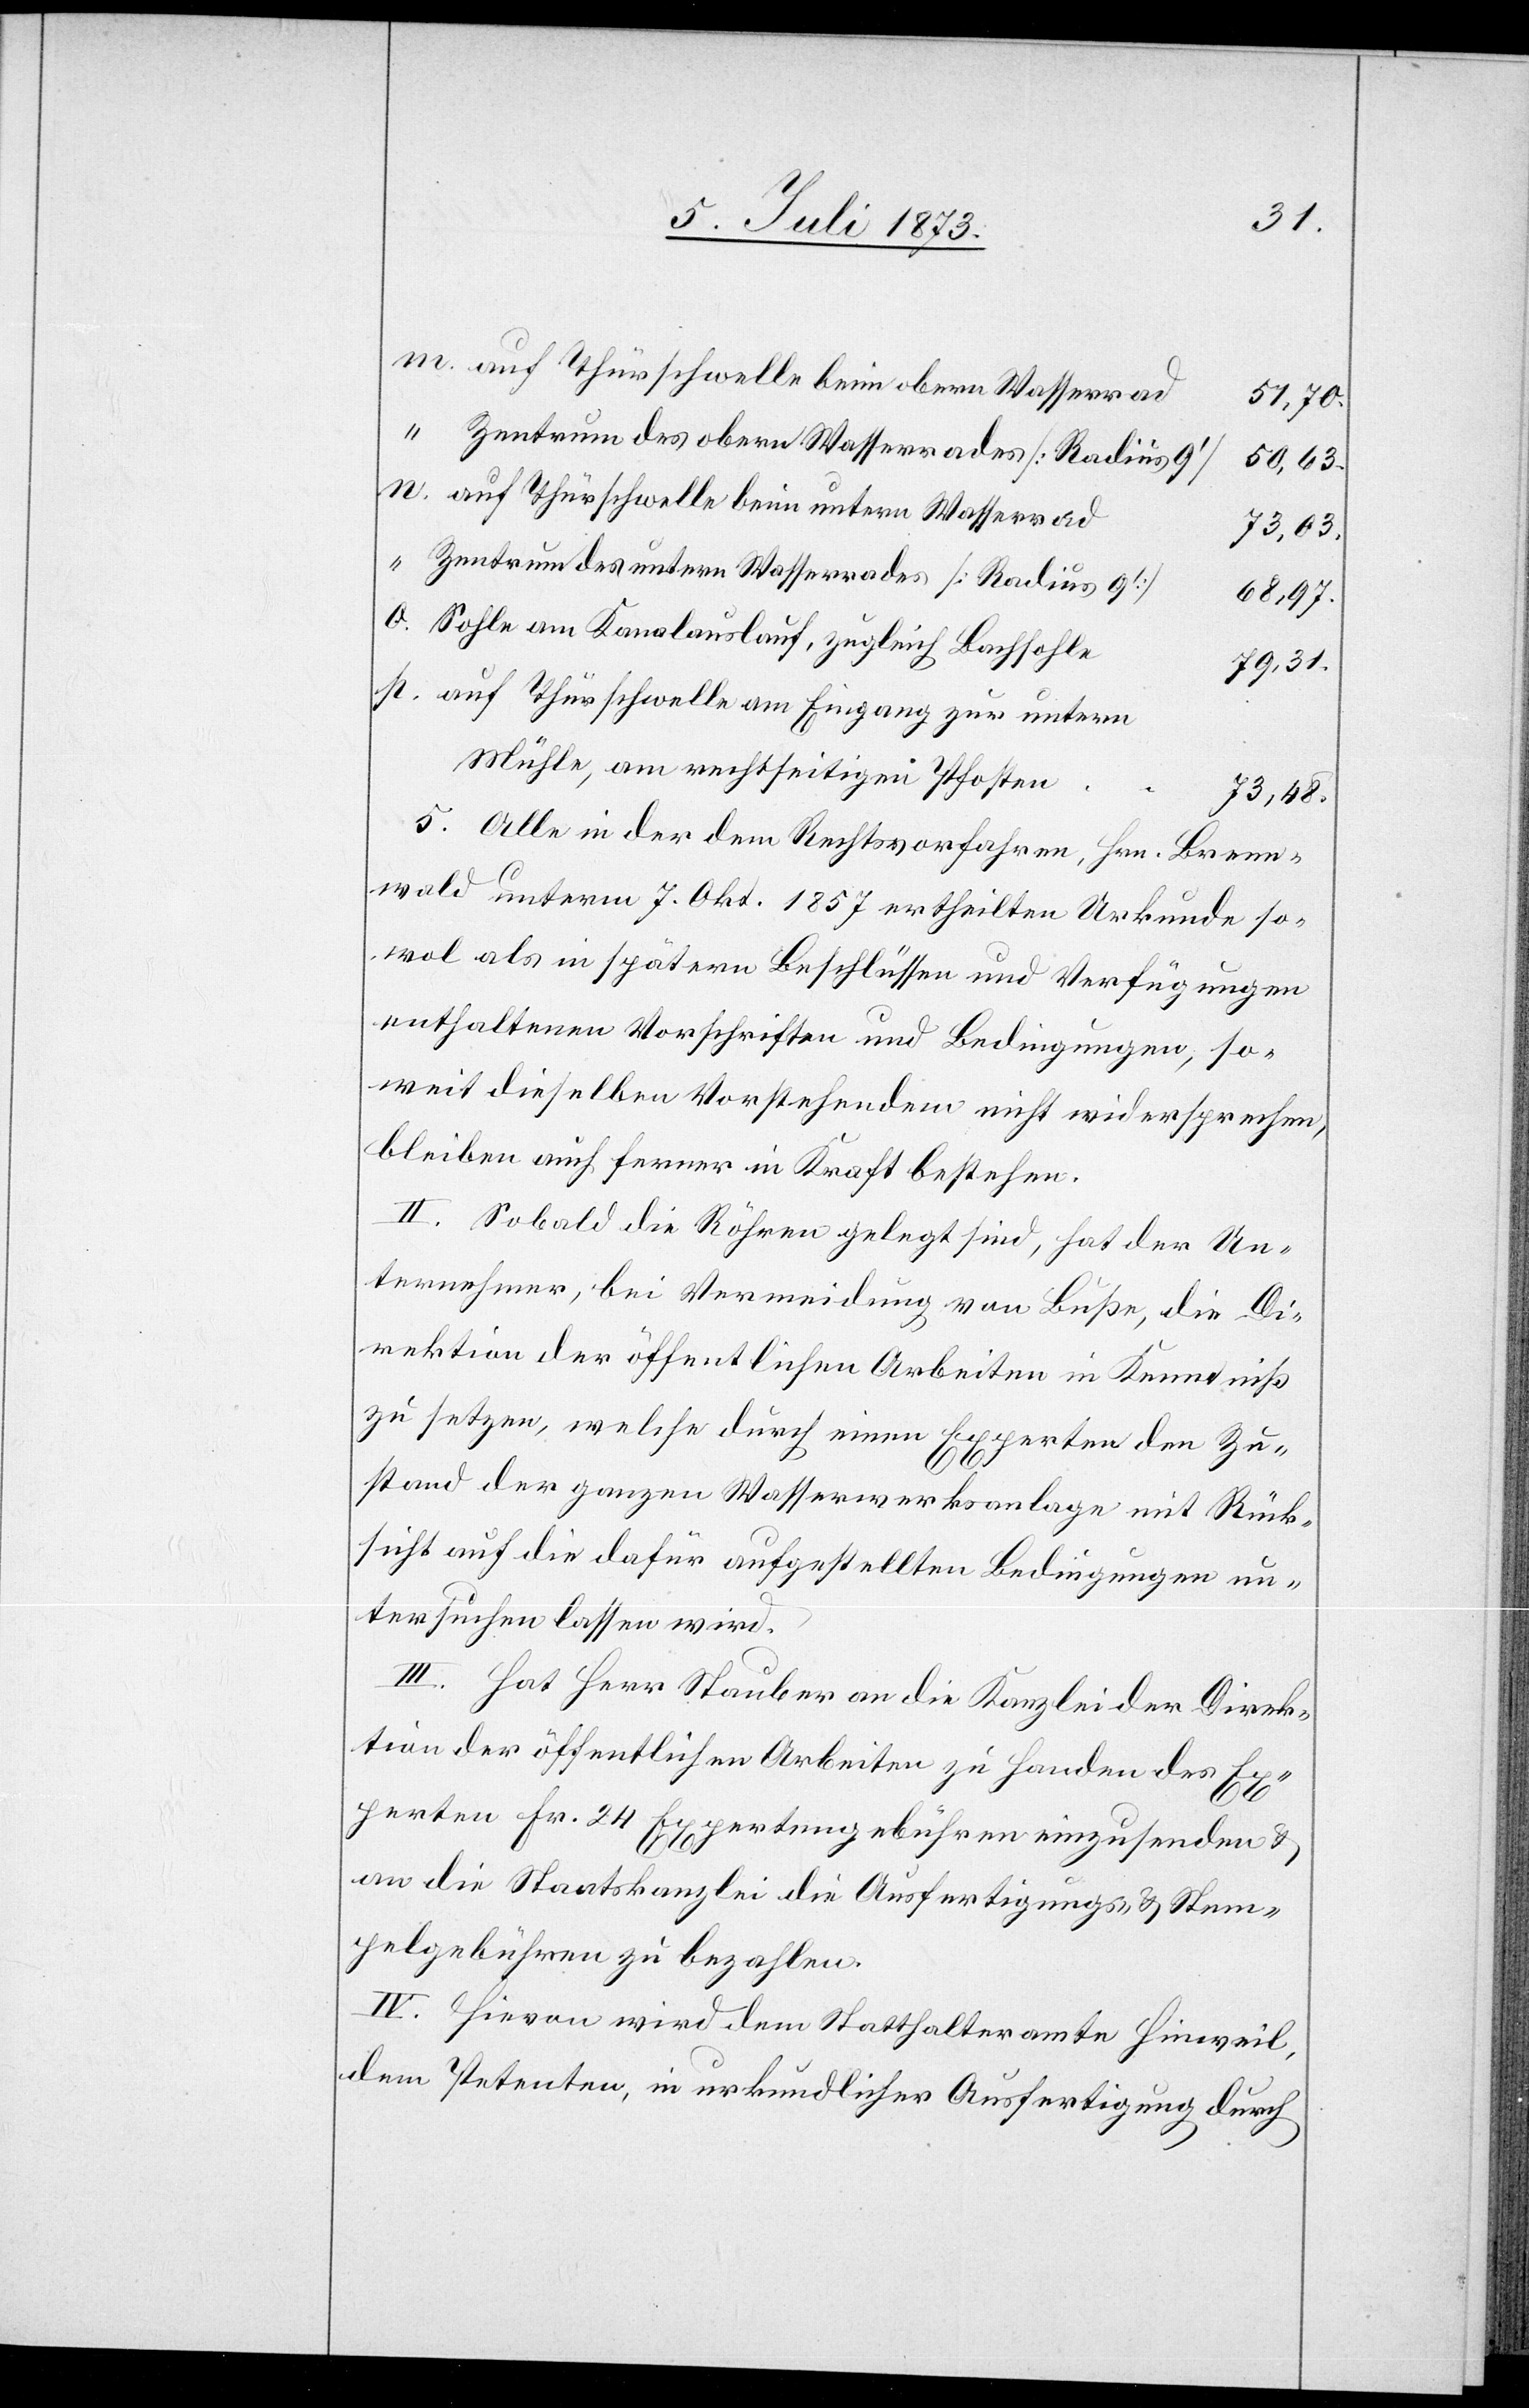
auf Thürschwelle beim obern Wasserrad
51,70.
50,63.
auf Thürschwelle beim untern Wasserrad
73,03.
Zentrum des untern Wasserrades [Radius 9‘]
68,97.
Sohle am Kanalauslauf, zugleich Bachsohle
79,31.
auf Thürschwelle am Eingang zur untern
Mühle, am rechtseitigen Pfosten
73,48.
5. Alle in der dem Rechtsvorfahren, Hrn. Brenn¬
wald unterm 7. Okt. 1857 ertheilten Urkunde so¬
wol als in spätern Beschlüssen und Verfügungen
enthaltenen Vorschriften und Bedingungen, so¬
weit dieselben Vorstehendem nicht widersprechen,
bleiben auch ferner in Kraft bestehen.
II. Sobald die Röhren gelegt sind, hat der Un¬
ternehmer, bei Vermeidung von Buße, die Di¬
rektion der öffentlichen Arbeiten in Kenntniß
zu setzen, welche durch einen Experten den Zu¬
stand der ganzen Wasserwerksanlage mit Rück¬
sicht auf die dafür aufgestellten Bedingungen un¬
tersuchen lassen wird.
III. Hat Herr Stauber an die Kanzlei der Direk¬
tion der öffentlichen Arbeiten zu Handen des Ex¬
perten Fr. 24 Expertengebühren einzusenden &
an die Staatskanzlei die Ausfertigungs- & Stem¬
pelgebühren zu bezahlen.
IV. Hievon wird dem Statthalteramte Hinweil,
dem Petenten in urkundlicher Ausfertigung durch